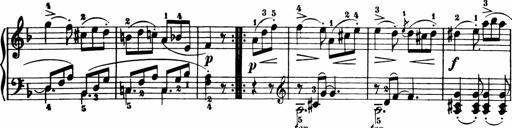
Title: 11 Sonatinas for Piano Solo
Composer: Anton Diabelli